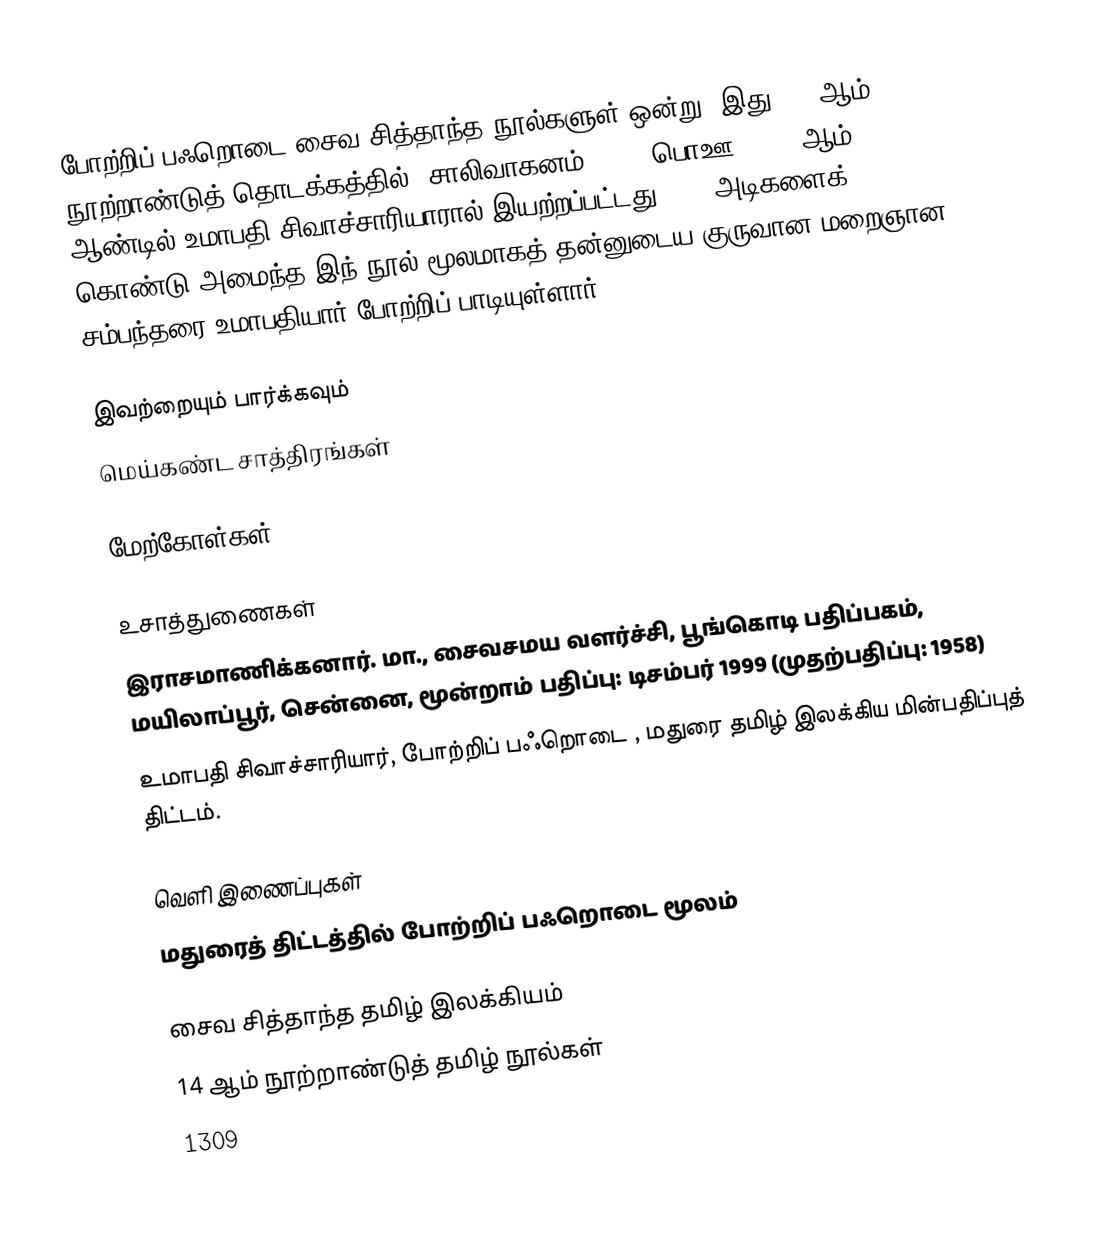
போற்றிப் பஃறொடை சைவ சித்தாந்த நூல்களுள் ஒன்று. இது, 14 ஆம் நூற்றாண்டுத் தொடக்கத்தில், சாலிவாகனம் 1231 (பொஊ 1309) ஆம் ஆண்டில் உமாபதி சிவாச்சாரியாரால் இயற்றப்பட்டது. 196 அடிகளைக் கொண்டு அமைந்த இந் நூல் மூலமாகத் தன்னுடைய குருவான மறைஞான சம்பந்தரை உமாபதியார் போற்றிப் பாடியுள்ளார்.

இவற்றையும் பார்க்கவும்
 மெய்கண்ட சாத்திரங்கள்

மேற்கோள்கள்

உசாத்துணைகள்
 இராசமாணிக்கனார். மா., சைவசமய வளர்ச்சி, பூங்கொடி பதிப்பகம், மயிலாப்பூர், சென்னை, மூன்றாம் பதிப்பு: டிசம்பர் 1999 (முதற்பதிப்பு: 1958)
 உமாபதி சிவாச்சாரியார், போற்றிப் பஃறொடை , மதுரை தமிழ் இலக்கிய மின்பதிப்புத் திட்டம்.

வெளி இணைப்புகள்
 மதுரைத் திட்டத்தில் போற்றிப் பஃறொடை மூலம்

சைவ சித்தாந்த தமிழ் இலக்கியம்
14 ஆம் நூற்றாண்டுத் தமிழ் நூல்கள்
1309